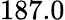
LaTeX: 187.0